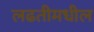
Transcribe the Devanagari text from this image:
लढतीमधील